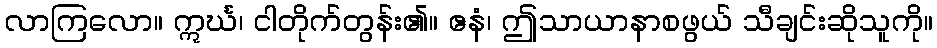
လာကြလော။ ဣင်္ဃ၊ ငါတိုက်တွန်း၏။ ဧနံ၊ ဤသာယာနာစဖွယ် သီချင်းဆိုသူကို။